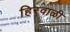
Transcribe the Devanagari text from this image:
हिरवाळी